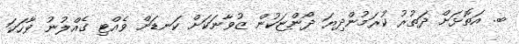
ބ. އަތޮޅަށް ދަތުރު ކުރަމުންދިޔަ ދޯންޏަކުން ޒުވާނަކަށް ކަނޑަށް ވެއްޓި ގެއްލުނު ވާހަކަ